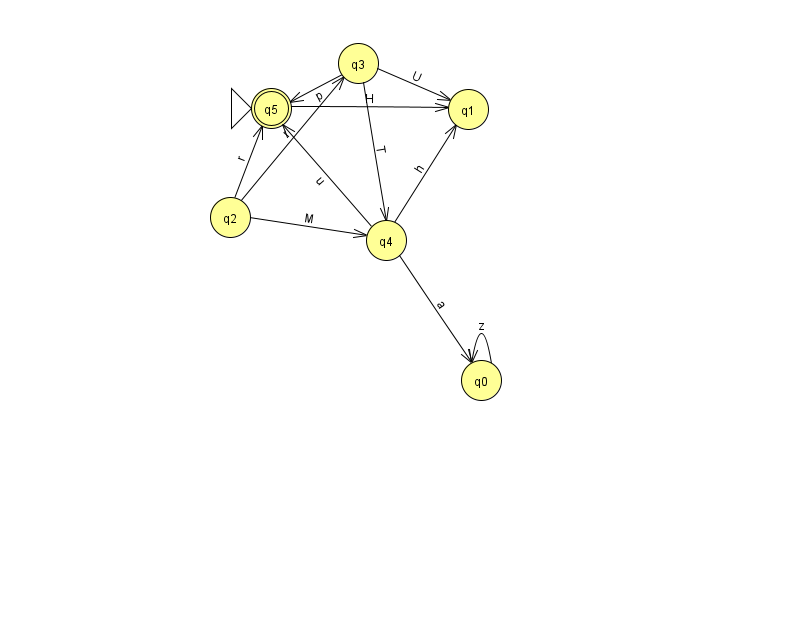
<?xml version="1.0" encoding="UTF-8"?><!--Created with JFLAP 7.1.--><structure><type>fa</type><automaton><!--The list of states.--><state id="0" name="q0"><x>481.0</x><y>367.0</y></state><state id="1" name="q1"><x>468.0</x><y>96.0</y></state><state id="2" name="q2"><x>230.0</x><y>204.0</y></state><state id="3" name="q3"><x>358.0</x><y>50.0</y></state><state id="4" name="q4"><x>386.0</x><y>227.0</y></state><state id="5" name="q5"><x>271.0</x><y>95.0</y><initial/><final/></state><!--The list of transitions.--><transition><from>3</from><to>5</to><read>p</read></transition><transition><from>2</from><to>5</to><read>r</read></transition><transition><from>3</from><to>4</to><read>T</read></transition><transition><from>4</from><to>0</to><read>a</read></transition><transition><from>4</from><to>1</to><read>h</read></transition><transition><from>4</from><to>5</to><read>u</read></transition><transition><from>2</from><to>3</to><read>r</read></transition><transition><from>5</from><to>1</to><read>H</read></transition><transition><from>3</from><to>1</to><read>U</read></transition><transition><from>0</from><to>0</to><read>z</read></transition><transition><from>2</from><to>4</to><read>M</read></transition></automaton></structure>